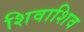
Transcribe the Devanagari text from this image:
शिवाशिव